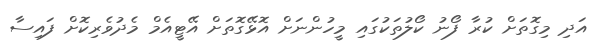
އަދި މިގޮތަށް ކުރާ ފޯނު ކޯލުތަކުގައި މީހުންނަށް އޮޅޭގޮތަށް އޭޓީއެމް މެދުވެރިކޮށް ފައިސާ